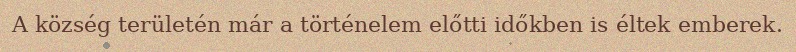
A község területén már a történelem előtti időkben is éltek emberek.